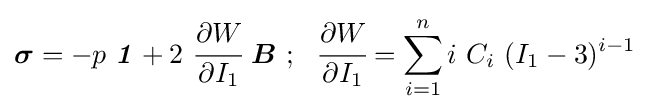
{\boldsymbol {\sigma }}=-p~{\boldsymbol {\mathit {1}}}+2~{\cfrac {\partial W}{\partial I_{1}}}~{\boldsymbol {B}}~;~~{\cfrac {\partial W}{\partial I_{1}}}=\sum _{i=1}^{n}i~C_{i}~(I_{1}-3)^{i-1}~